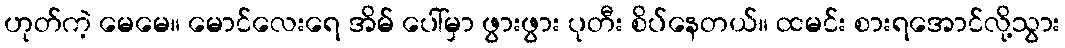
ဟုတ်ကဲ့ မေမေ။ မောင်လေးရေ အိမ် ပေါ်မှာ ဖွားဖွား ပုတီး စိပ်နေတယ်။ ထမင်း စားရအောင်လို့သွား